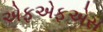
એફએફએસ